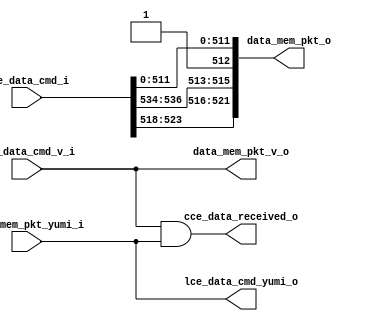
module bp_fe_lce_data_cmd_data_width_p64_lce_addr_width_p22_lce_data_width_p512_num_cce_p1_num_lce_p2_lce_sets_p64_ways_p8_block_size_in_bytes_p8
(
  cce_data_received_o,
  lce_data_cmd_i,
  lce_data_cmd_v_i,
  lce_data_cmd_yumi_o,
  data_mem_pkt_v_o,
  data_mem_pkt_o,
  data_mem_pkt_yumi_i
);

  input [539:0] lce_data_cmd_i;
  output [521:0] data_mem_pkt_o;
  input lce_data_cmd_v_i;
  input data_mem_pkt_yumi_i;
  output cce_data_received_o;
  output lce_data_cmd_yumi_o;
  output data_mem_pkt_v_o;
  wire [521:0] data_mem_pkt_o;
  wire cce_data_received_o,lce_data_cmd_yumi_o,data_mem_pkt_v_o,data_mem_pkt_yumi_i,
  lce_data_cmd_v_i;
  assign data_mem_pkt_o[512] = 1'b1;
  assign lce_data_cmd_yumi_o = data_mem_pkt_yumi_i;
  assign data_mem_pkt_v_o = lce_data_cmd_v_i;
  assign data_mem_pkt_o[521] = lce_data_cmd_i[523];
  assign data_mem_pkt_o[520] = lce_data_cmd_i[522];
  assign data_mem_pkt_o[519] = lce_data_cmd_i[521];
  assign data_mem_pkt_o[518] = lce_data_cmd_i[520];
  assign data_mem_pkt_o[517] = lce_data_cmd_i[519];
  assign data_mem_pkt_o[516] = lce_data_cmd_i[518];
  assign data_mem_pkt_o[515] = lce_data_cmd_i[536];
  assign data_mem_pkt_o[514] = lce_data_cmd_i[535];
  assign data_mem_pkt_o[513] = lce_data_cmd_i[534];
  assign data_mem_pkt_o[511] = lce_data_cmd_i[511];
  assign data_mem_pkt_o[510] = lce_data_cmd_i[510];
  assign data_mem_pkt_o[509] = lce_data_cmd_i[509];
  assign data_mem_pkt_o[508] = lce_data_cmd_i[508];
  assign data_mem_pkt_o[507] = lce_data_cmd_i[507];
  assign data_mem_pkt_o[506] = lce_data_cmd_i[506];
  assign data_mem_pkt_o[505] = lce_data_cmd_i[505];
  assign data_mem_pkt_o[504] = lce_data_cmd_i[504];
  assign data_mem_pkt_o[503] = lce_data_cmd_i[503];
  assign data_mem_pkt_o[502] = lce_data_cmd_i[502];
  assign data_mem_pkt_o[501] = lce_data_cmd_i[501];
  assign data_mem_pkt_o[500] = lce_data_cmd_i[500];
  assign data_mem_pkt_o[499] = lce_data_cmd_i[499];
  assign data_mem_pkt_o[498] = lce_data_cmd_i[498];
  assign data_mem_pkt_o[497] = lce_data_cmd_i[497];
  assign data_mem_pkt_o[496] = lce_data_cmd_i[496];
  assign data_mem_pkt_o[495] = lce_data_cmd_i[495];
  assign data_mem_pkt_o[494] = lce_data_cmd_i[494];
  assign data_mem_pkt_o[493] = lce_data_cmd_i[493];
  assign data_mem_pkt_o[492] = lce_data_cmd_i[492];
  assign data_mem_pkt_o[491] = lce_data_cmd_i[491];
  assign data_mem_pkt_o[490] = lce_data_cmd_i[490];
  assign data_mem_pkt_o[489] = lce_data_cmd_i[489];
  assign data_mem_pkt_o[488] = lce_data_cmd_i[488];
  assign data_mem_pkt_o[487] = lce_data_cmd_i[487];
  assign data_mem_pkt_o[486] = lce_data_cmd_i[486];
  assign data_mem_pkt_o[485] = lce_data_cmd_i[485];
  assign data_mem_pkt_o[484] = lce_data_cmd_i[484];
  assign data_mem_pkt_o[483] = lce_data_cmd_i[483];
  assign data_mem_pkt_o[482] = lce_data_cmd_i[482];
  assign data_mem_pkt_o[481] = lce_data_cmd_i[481];
  assign data_mem_pkt_o[480] = lce_data_cmd_i[480];
  assign data_mem_pkt_o[479] = lce_data_cmd_i[479];
  assign data_mem_pkt_o[478] = lce_data_cmd_i[478];
  assign data_mem_pkt_o[477] = lce_data_cmd_i[477];
  assign data_mem_pkt_o[476] = lce_data_cmd_i[476];
  assign data_mem_pkt_o[475] = lce_data_cmd_i[475];
  assign data_mem_pkt_o[474] = lce_data_cmd_i[474];
  assign data_mem_pkt_o[473] = lce_data_cmd_i[473];
  assign data_mem_pkt_o[472] = lce_data_cmd_i[472];
  assign data_mem_pkt_o[471] = lce_data_cmd_i[471];
  assign data_mem_pkt_o[470] = lce_data_cmd_i[470];
  assign data_mem_pkt_o[469] = lce_data_cmd_i[469];
  assign data_mem_pkt_o[468] = lce_data_cmd_i[468];
  assign data_mem_pkt_o[467] = lce_data_cmd_i[467];
  assign data_mem_pkt_o[466] = lce_data_cmd_i[466];
  assign data_mem_pkt_o[465] = lce_data_cmd_i[465];
  assign data_mem_pkt_o[464] = lce_data_cmd_i[464];
  assign data_mem_pkt_o[463] = lce_data_cmd_i[463];
  assign data_mem_pkt_o[462] = lce_data_cmd_i[462];
  assign data_mem_pkt_o[461] = lce_data_cmd_i[461];
  assign data_mem_pkt_o[460] = lce_data_cmd_i[460];
  assign data_mem_pkt_o[459] = lce_data_cmd_i[459];
  assign data_mem_pkt_o[458] = lce_data_cmd_i[458];
  assign data_mem_pkt_o[457] = lce_data_cmd_i[457];
  assign data_mem_pkt_o[456] = lce_data_cmd_i[456];
  assign data_mem_pkt_o[455] = lce_data_cmd_i[455];
  assign data_mem_pkt_o[454] = lce_data_cmd_i[454];
  assign data_mem_pkt_o[453] = lce_data_cmd_i[453];
  assign data_mem_pkt_o[452] = lce_data_cmd_i[452];
  assign data_mem_pkt_o[451] = lce_data_cmd_i[451];
  assign data_mem_pkt_o[450] = lce_data_cmd_i[450];
  assign data_mem_pkt_o[449] = lce_data_cmd_i[449];
  assign data_mem_pkt_o[448] = lce_data_cmd_i[448];
  assign data_mem_pkt_o[447] = lce_data_cmd_i[447];
  assign data_mem_pkt_o[446] = lce_data_cmd_i[446];
  assign data_mem_pkt_o[445] = lce_data_cmd_i[445];
  assign data_mem_pkt_o[444] = lce_data_cmd_i[444];
  assign data_mem_pkt_o[443] = lce_data_cmd_i[443];
  assign data_mem_pkt_o[442] = lce_data_cmd_i[442];
  assign data_mem_pkt_o[441] = lce_data_cmd_i[441];
  assign data_mem_pkt_o[440] = lce_data_cmd_i[440];
  assign data_mem_pkt_o[439] = lce_data_cmd_i[439];
  assign data_mem_pkt_o[438] = lce_data_cmd_i[438];
  assign data_mem_pkt_o[437] = lce_data_cmd_i[437];
  assign data_mem_pkt_o[436] = lce_data_cmd_i[436];
  assign data_mem_pkt_o[435] = lce_data_cmd_i[435];
  assign data_mem_pkt_o[434] = lce_data_cmd_i[434];
  assign data_mem_pkt_o[433] = lce_data_cmd_i[433];
  assign data_mem_pkt_o[432] = lce_data_cmd_i[432];
  assign data_mem_pkt_o[431] = lce_data_cmd_i[431];
  assign data_mem_pkt_o[430] = lce_data_cmd_i[430];
  assign data_mem_pkt_o[429] = lce_data_cmd_i[429];
  assign data_mem_pkt_o[428] = lce_data_cmd_i[428];
  assign data_mem_pkt_o[427] = lce_data_cmd_i[427];
  assign data_mem_pkt_o[426] = lce_data_cmd_i[426];
  assign data_mem_pkt_o[425] = lce_data_cmd_i[425];
  assign data_mem_pkt_o[424] = lce_data_cmd_i[424];
  assign data_mem_pkt_o[423] = lce_data_cmd_i[423];
  assign data_mem_pkt_o[422] = lce_data_cmd_i[422];
  assign data_mem_pkt_o[421] = lce_data_cmd_i[421];
  assign data_mem_pkt_o[420] = lce_data_cmd_i[420];
  assign data_mem_pkt_o[419] = lce_data_cmd_i[419];
  assign data_mem_pkt_o[418] = lce_data_cmd_i[418];
  assign data_mem_pkt_o[417] = lce_data_cmd_i[417];
  assign data_mem_pkt_o[416] = lce_data_cmd_i[416];
  assign data_mem_pkt_o[415] = lce_data_cmd_i[415];
  assign data_mem_pkt_o[414] = lce_data_cmd_i[414];
  assign data_mem_pkt_o[413] = lce_data_cmd_i[413];
  assign data_mem_pkt_o[412] = lce_data_cmd_i[412];
  assign data_mem_pkt_o[411] = lce_data_cmd_i[411];
  assign data_mem_pkt_o[410] = lce_data_cmd_i[410];
  assign data_mem_pkt_o[409] = lce_data_cmd_i[409];
  assign data_mem_pkt_o[408] = lce_data_cmd_i[408];
  assign data_mem_pkt_o[407] = lce_data_cmd_i[407];
  assign data_mem_pkt_o[406] = lce_data_cmd_i[406];
  assign data_mem_pkt_o[405] = lce_data_cmd_i[405];
  assign data_mem_pkt_o[404] = lce_data_cmd_i[404];
  assign data_mem_pkt_o[403] = lce_data_cmd_i[403];
  assign data_mem_pkt_o[402] = lce_data_cmd_i[402];
  assign data_mem_pkt_o[401] = lce_data_cmd_i[401];
  assign data_mem_pkt_o[400] = lce_data_cmd_i[400];
  assign data_mem_pkt_o[399] = lce_data_cmd_i[399];
  assign data_mem_pkt_o[398] = lce_data_cmd_i[398];
  assign data_mem_pkt_o[397] = lce_data_cmd_i[397];
  assign data_mem_pkt_o[396] = lce_data_cmd_i[396];
  assign data_mem_pkt_o[395] = lce_data_cmd_i[395];
  assign data_mem_pkt_o[394] = lce_data_cmd_i[394];
  assign data_mem_pkt_o[393] = lce_data_cmd_i[393];
  assign data_mem_pkt_o[392] = lce_data_cmd_i[392];
  assign data_mem_pkt_o[391] = lce_data_cmd_i[391];
  assign data_mem_pkt_o[390] = lce_data_cmd_i[390];
  assign data_mem_pkt_o[389] = lce_data_cmd_i[389];
  assign data_mem_pkt_o[388] = lce_data_cmd_i[388];
  assign data_mem_pkt_o[387] = lce_data_cmd_i[387];
  assign data_mem_pkt_o[386] = lce_data_cmd_i[386];
  assign data_mem_pkt_o[385] = lce_data_cmd_i[385];
  assign data_mem_pkt_o[384] = lce_data_cmd_i[384];
  assign data_mem_pkt_o[383] = lce_data_cmd_i[383];
  assign data_mem_pkt_o[382] = lce_data_cmd_i[382];
  assign data_mem_pkt_o[381] = lce_data_cmd_i[381];
  assign data_mem_pkt_o[380] = lce_data_cmd_i[380];
  assign data_mem_pkt_o[379] = lce_data_cmd_i[379];
  assign data_mem_pkt_o[378] = lce_data_cmd_i[378];
  assign data_mem_pkt_o[377] = lce_data_cmd_i[377];
  assign data_mem_pkt_o[376] = lce_data_cmd_i[376];
  assign data_mem_pkt_o[375] = lce_data_cmd_i[375];
  assign data_mem_pkt_o[374] = lce_data_cmd_i[374];
  assign data_mem_pkt_o[373] = lce_data_cmd_i[373];
  assign data_mem_pkt_o[372] = lce_data_cmd_i[372];
  assign data_mem_pkt_o[371] = lce_data_cmd_i[371];
  assign data_mem_pkt_o[370] = lce_data_cmd_i[370];
  assign data_mem_pkt_o[369] = lce_data_cmd_i[369];
  assign data_mem_pkt_o[368] = lce_data_cmd_i[368];
  assign data_mem_pkt_o[367] = lce_data_cmd_i[367];
  assign data_mem_pkt_o[366] = lce_data_cmd_i[366];
  assign data_mem_pkt_o[365] = lce_data_cmd_i[365];
  assign data_mem_pkt_o[364] = lce_data_cmd_i[364];
  assign data_mem_pkt_o[363] = lce_data_cmd_i[363];
  assign data_mem_pkt_o[362] = lce_data_cmd_i[362];
  assign data_mem_pkt_o[361] = lce_data_cmd_i[361];
  assign data_mem_pkt_o[360] = lce_data_cmd_i[360];
  assign data_mem_pkt_o[359] = lce_data_cmd_i[359];
  assign data_mem_pkt_o[358] = lce_data_cmd_i[358];
  assign data_mem_pkt_o[357] = lce_data_cmd_i[357];
  assign data_mem_pkt_o[356] = lce_data_cmd_i[356];
  assign data_mem_pkt_o[355] = lce_data_cmd_i[355];
  assign data_mem_pkt_o[354] = lce_data_cmd_i[354];
  assign data_mem_pkt_o[353] = lce_data_cmd_i[353];
  assign data_mem_pkt_o[352] = lce_data_cmd_i[352];
  assign data_mem_pkt_o[351] = lce_data_cmd_i[351];
  assign data_mem_pkt_o[350] = lce_data_cmd_i[350];
  assign data_mem_pkt_o[349] = lce_data_cmd_i[349];
  assign data_mem_pkt_o[348] = lce_data_cmd_i[348];
  assign data_mem_pkt_o[347] = lce_data_cmd_i[347];
  assign data_mem_pkt_o[346] = lce_data_cmd_i[346];
  assign data_mem_pkt_o[345] = lce_data_cmd_i[345];
  assign data_mem_pkt_o[344] = lce_data_cmd_i[344];
  assign data_mem_pkt_o[343] = lce_data_cmd_i[343];
  assign data_mem_pkt_o[342] = lce_data_cmd_i[342];
  assign data_mem_pkt_o[341] = lce_data_cmd_i[341];
  assign data_mem_pkt_o[340] = lce_data_cmd_i[340];
  assign data_mem_pkt_o[339] = lce_data_cmd_i[339];
  assign data_mem_pkt_o[338] = lce_data_cmd_i[338];
  assign data_mem_pkt_o[337] = lce_data_cmd_i[337];
  assign data_mem_pkt_o[336] = lce_data_cmd_i[336];
  assign data_mem_pkt_o[335] = lce_data_cmd_i[335];
  assign data_mem_pkt_o[334] = lce_data_cmd_i[334];
  assign data_mem_pkt_o[333] = lce_data_cmd_i[333];
  assign data_mem_pkt_o[332] = lce_data_cmd_i[332];
  assign data_mem_pkt_o[331] = lce_data_cmd_i[331];
  assign data_mem_pkt_o[330] = lce_data_cmd_i[330];
  assign data_mem_pkt_o[329] = lce_data_cmd_i[329];
  assign data_mem_pkt_o[328] = lce_data_cmd_i[328];
  assign data_mem_pkt_o[327] = lce_data_cmd_i[327];
  assign data_mem_pkt_o[326] = lce_data_cmd_i[326];
  assign data_mem_pkt_o[325] = lce_data_cmd_i[325];
  assign data_mem_pkt_o[324] = lce_data_cmd_i[324];
  assign data_mem_pkt_o[323] = lce_data_cmd_i[323];
  assign data_mem_pkt_o[322] = lce_data_cmd_i[322];
  assign data_mem_pkt_o[321] = lce_data_cmd_i[321];
  assign data_mem_pkt_o[320] = lce_data_cmd_i[320];
  assign data_mem_pkt_o[319] = lce_data_cmd_i[319];
  assign data_mem_pkt_o[318] = lce_data_cmd_i[318];
  assign data_mem_pkt_o[317] = lce_data_cmd_i[317];
  assign data_mem_pkt_o[316] = lce_data_cmd_i[316];
  assign data_mem_pkt_o[315] = lce_data_cmd_i[315];
  assign data_mem_pkt_o[314] = lce_data_cmd_i[314];
  assign data_mem_pkt_o[313] = lce_data_cmd_i[313];
  assign data_mem_pkt_o[312] = lce_data_cmd_i[312];
  assign data_mem_pkt_o[311] = lce_data_cmd_i[311];
  assign data_mem_pkt_o[310] = lce_data_cmd_i[310];
  assign data_mem_pkt_o[309] = lce_data_cmd_i[309];
  assign data_mem_pkt_o[308] = lce_data_cmd_i[308];
  assign data_mem_pkt_o[307] = lce_data_cmd_i[307];
  assign data_mem_pkt_o[306] = lce_data_cmd_i[306];
  assign data_mem_pkt_o[305] = lce_data_cmd_i[305];
  assign data_mem_pkt_o[304] = lce_data_cmd_i[304];
  assign data_mem_pkt_o[303] = lce_data_cmd_i[303];
  assign data_mem_pkt_o[302] = lce_data_cmd_i[302];
  assign data_mem_pkt_o[301] = lce_data_cmd_i[301];
  assign data_mem_pkt_o[300] = lce_data_cmd_i[300];
  assign data_mem_pkt_o[299] = lce_data_cmd_i[299];
  assign data_mem_pkt_o[298] = lce_data_cmd_i[298];
  assign data_mem_pkt_o[297] = lce_data_cmd_i[297];
  assign data_mem_pkt_o[296] = lce_data_cmd_i[296];
  assign data_mem_pkt_o[295] = lce_data_cmd_i[295];
  assign data_mem_pkt_o[294] = lce_data_cmd_i[294];
  assign data_mem_pkt_o[293] = lce_data_cmd_i[293];
  assign data_mem_pkt_o[292] = lce_data_cmd_i[292];
  assign data_mem_pkt_o[291] = lce_data_cmd_i[291];
  assign data_mem_pkt_o[290] = lce_data_cmd_i[290];
  assign data_mem_pkt_o[289] = lce_data_cmd_i[289];
  assign data_mem_pkt_o[288] = lce_data_cmd_i[288];
  assign data_mem_pkt_o[287] = lce_data_cmd_i[287];
  assign data_mem_pkt_o[286] = lce_data_cmd_i[286];
  assign data_mem_pkt_o[285] = lce_data_cmd_i[285];
  assign data_mem_pkt_o[284] = lce_data_cmd_i[284];
  assign data_mem_pkt_o[283] = lce_data_cmd_i[283];
  assign data_mem_pkt_o[282] = lce_data_cmd_i[282];
  assign data_mem_pkt_o[281] = lce_data_cmd_i[281];
  assign data_mem_pkt_o[280] = lce_data_cmd_i[280];
  assign data_mem_pkt_o[279] = lce_data_cmd_i[279];
  assign data_mem_pkt_o[278] = lce_data_cmd_i[278];
  assign data_mem_pkt_o[277] = lce_data_cmd_i[277];
  assign data_mem_pkt_o[276] = lce_data_cmd_i[276];
  assign data_mem_pkt_o[275] = lce_data_cmd_i[275];
  assign data_mem_pkt_o[274] = lce_data_cmd_i[274];
  assign data_mem_pkt_o[273] = lce_data_cmd_i[273];
  assign data_mem_pkt_o[272] = lce_data_cmd_i[272];
  assign data_mem_pkt_o[271] = lce_data_cmd_i[271];
  assign data_mem_pkt_o[270] = lce_data_cmd_i[270];
  assign data_mem_pkt_o[269] = lce_data_cmd_i[269];
  assign data_mem_pkt_o[268] = lce_data_cmd_i[268];
  assign data_mem_pkt_o[267] = lce_data_cmd_i[267];
  assign data_mem_pkt_o[266] = lce_data_cmd_i[266];
  assign data_mem_pkt_o[265] = lce_data_cmd_i[265];
  assign data_mem_pkt_o[264] = lce_data_cmd_i[264];
  assign data_mem_pkt_o[263] = lce_data_cmd_i[263];
  assign data_mem_pkt_o[262] = lce_data_cmd_i[262];
  assign data_mem_pkt_o[261] = lce_data_cmd_i[261];
  assign data_mem_pkt_o[260] = lce_data_cmd_i[260];
  assign data_mem_pkt_o[259] = lce_data_cmd_i[259];
  assign data_mem_pkt_o[258] = lce_data_cmd_i[258];
  assign data_mem_pkt_o[257] = lce_data_cmd_i[257];
  assign data_mem_pkt_o[256] = lce_data_cmd_i[256];
  assign data_mem_pkt_o[255] = lce_data_cmd_i[255];
  assign data_mem_pkt_o[254] = lce_data_cmd_i[254];
  assign data_mem_pkt_o[253] = lce_data_cmd_i[253];
  assign data_mem_pkt_o[252] = lce_data_cmd_i[252];
  assign data_mem_pkt_o[251] = lce_data_cmd_i[251];
  assign data_mem_pkt_o[250] = lce_data_cmd_i[250];
  assign data_mem_pkt_o[249] = lce_data_cmd_i[249];
  assign data_mem_pkt_o[248] = lce_data_cmd_i[248];
  assign data_mem_pkt_o[247] = lce_data_cmd_i[247];
  assign data_mem_pkt_o[246] = lce_data_cmd_i[246];
  assign data_mem_pkt_o[245] = lce_data_cmd_i[245];
  assign data_mem_pkt_o[244] = lce_data_cmd_i[244];
  assign data_mem_pkt_o[243] = lce_data_cmd_i[243];
  assign data_mem_pkt_o[242] = lce_data_cmd_i[242];
  assign data_mem_pkt_o[241] = lce_data_cmd_i[241];
  assign data_mem_pkt_o[240] = lce_data_cmd_i[240];
  assign data_mem_pkt_o[239] = lce_data_cmd_i[239];
  assign data_mem_pkt_o[238] = lce_data_cmd_i[238];
  assign data_mem_pkt_o[237] = lce_data_cmd_i[237];
  assign data_mem_pkt_o[236] = lce_data_cmd_i[236];
  assign data_mem_pkt_o[235] = lce_data_cmd_i[235];
  assign data_mem_pkt_o[234] = lce_data_cmd_i[234];
  assign data_mem_pkt_o[233] = lce_data_cmd_i[233];
  assign data_mem_pkt_o[232] = lce_data_cmd_i[232];
  assign data_mem_pkt_o[231] = lce_data_cmd_i[231];
  assign data_mem_pkt_o[230] = lce_data_cmd_i[230];
  assign data_mem_pkt_o[229] = lce_data_cmd_i[229];
  assign data_mem_pkt_o[228] = lce_data_cmd_i[228];
  assign data_mem_pkt_o[227] = lce_data_cmd_i[227];
  assign data_mem_pkt_o[226] = lce_data_cmd_i[226];
  assign data_mem_pkt_o[225] = lce_data_cmd_i[225];
  assign data_mem_pkt_o[224] = lce_data_cmd_i[224];
  assign data_mem_pkt_o[223] = lce_data_cmd_i[223];
  assign data_mem_pkt_o[222] = lce_data_cmd_i[222];
  assign data_mem_pkt_o[221] = lce_data_cmd_i[221];
  assign data_mem_pkt_o[220] = lce_data_cmd_i[220];
  assign data_mem_pkt_o[219] = lce_data_cmd_i[219];
  assign data_mem_pkt_o[218] = lce_data_cmd_i[218];
  assign data_mem_pkt_o[217] = lce_data_cmd_i[217];
  assign data_mem_pkt_o[216] = lce_data_cmd_i[216];
  assign data_mem_pkt_o[215] = lce_data_cmd_i[215];
  assign data_mem_pkt_o[214] = lce_data_cmd_i[214];
  assign data_mem_pkt_o[213] = lce_data_cmd_i[213];
  assign data_mem_pkt_o[212] = lce_data_cmd_i[212];
  assign data_mem_pkt_o[211] = lce_data_cmd_i[211];
  assign data_mem_pkt_o[210] = lce_data_cmd_i[210];
  assign data_mem_pkt_o[209] = lce_data_cmd_i[209];
  assign data_mem_pkt_o[208] = lce_data_cmd_i[208];
  assign data_mem_pkt_o[207] = lce_data_cmd_i[207];
  assign data_mem_pkt_o[206] = lce_data_cmd_i[206];
  assign data_mem_pkt_o[205] = lce_data_cmd_i[205];
  assign data_mem_pkt_o[204] = lce_data_cmd_i[204];
  assign data_mem_pkt_o[203] = lce_data_cmd_i[203];
  assign data_mem_pkt_o[202] = lce_data_cmd_i[202];
  assign data_mem_pkt_o[201] = lce_data_cmd_i[201];
  assign data_mem_pkt_o[200] = lce_data_cmd_i[200];
  assign data_mem_pkt_o[199] = lce_data_cmd_i[199];
  assign data_mem_pkt_o[198] = lce_data_cmd_i[198];
  assign data_mem_pkt_o[197] = lce_data_cmd_i[197];
  assign data_mem_pkt_o[196] = lce_data_cmd_i[196];
  assign data_mem_pkt_o[195] = lce_data_cmd_i[195];
  assign data_mem_pkt_o[194] = lce_data_cmd_i[194];
  assign data_mem_pkt_o[193] = lce_data_cmd_i[193];
  assign data_mem_pkt_o[192] = lce_data_cmd_i[192];
  assign data_mem_pkt_o[191] = lce_data_cmd_i[191];
  assign data_mem_pkt_o[190] = lce_data_cmd_i[190];
  assign data_mem_pkt_o[189] = lce_data_cmd_i[189];
  assign data_mem_pkt_o[188] = lce_data_cmd_i[188];
  assign data_mem_pkt_o[187] = lce_data_cmd_i[187];
  assign data_mem_pkt_o[186] = lce_data_cmd_i[186];
  assign data_mem_pkt_o[185] = lce_data_cmd_i[185];
  assign data_mem_pkt_o[184] = lce_data_cmd_i[184];
  assign data_mem_pkt_o[183] = lce_data_cmd_i[183];
  assign data_mem_pkt_o[182] = lce_data_cmd_i[182];
  assign data_mem_pkt_o[181] = lce_data_cmd_i[181];
  assign data_mem_pkt_o[180] = lce_data_cmd_i[180];
  assign data_mem_pkt_o[179] = lce_data_cmd_i[179];
  assign data_mem_pkt_o[178] = lce_data_cmd_i[178];
  assign data_mem_pkt_o[177] = lce_data_cmd_i[177];
  assign data_mem_pkt_o[176] = lce_data_cmd_i[176];
  assign data_mem_pkt_o[175] = lce_data_cmd_i[175];
  assign data_mem_pkt_o[174] = lce_data_cmd_i[174];
  assign data_mem_pkt_o[173] = lce_data_cmd_i[173];
  assign data_mem_pkt_o[172] = lce_data_cmd_i[172];
  assign data_mem_pkt_o[171] = lce_data_cmd_i[171];
  assign data_mem_pkt_o[170] = lce_data_cmd_i[170];
  assign data_mem_pkt_o[169] = lce_data_cmd_i[169];
  assign data_mem_pkt_o[168] = lce_data_cmd_i[168];
  assign data_mem_pkt_o[167] = lce_data_cmd_i[167];
  assign data_mem_pkt_o[166] = lce_data_cmd_i[166];
  assign data_mem_pkt_o[165] = lce_data_cmd_i[165];
  assign data_mem_pkt_o[164] = lce_data_cmd_i[164];
  assign data_mem_pkt_o[163] = lce_data_cmd_i[163];
  assign data_mem_pkt_o[162] = lce_data_cmd_i[162];
  assign data_mem_pkt_o[161] = lce_data_cmd_i[161];
  assign data_mem_pkt_o[160] = lce_data_cmd_i[160];
  assign data_mem_pkt_o[159] = lce_data_cmd_i[159];
  assign data_mem_pkt_o[158] = lce_data_cmd_i[158];
  assign data_mem_pkt_o[157] = lce_data_cmd_i[157];
  assign data_mem_pkt_o[156] = lce_data_cmd_i[156];
  assign data_mem_pkt_o[155] = lce_data_cmd_i[155];
  assign data_mem_pkt_o[154] = lce_data_cmd_i[154];
  assign data_mem_pkt_o[153] = lce_data_cmd_i[153];
  assign data_mem_pkt_o[152] = lce_data_cmd_i[152];
  assign data_mem_pkt_o[151] = lce_data_cmd_i[151];
  assign data_mem_pkt_o[150] = lce_data_cmd_i[150];
  assign data_mem_pkt_o[149] = lce_data_cmd_i[149];
  assign data_mem_pkt_o[148] = lce_data_cmd_i[148];
  assign data_mem_pkt_o[147] = lce_data_cmd_i[147];
  assign data_mem_pkt_o[146] = lce_data_cmd_i[146];
  assign data_mem_pkt_o[145] = lce_data_cmd_i[145];
  assign data_mem_pkt_o[144] = lce_data_cmd_i[144];
  assign data_mem_pkt_o[143] = lce_data_cmd_i[143];
  assign data_mem_pkt_o[142] = lce_data_cmd_i[142];
  assign data_mem_pkt_o[141] = lce_data_cmd_i[141];
  assign data_mem_pkt_o[140] = lce_data_cmd_i[140];
  assign data_mem_pkt_o[139] = lce_data_cmd_i[139];
  assign data_mem_pkt_o[138] = lce_data_cmd_i[138];
  assign data_mem_pkt_o[137] = lce_data_cmd_i[137];
  assign data_mem_pkt_o[136] = lce_data_cmd_i[136];
  assign data_mem_pkt_o[135] = lce_data_cmd_i[135];
  assign data_mem_pkt_o[134] = lce_data_cmd_i[134];
  assign data_mem_pkt_o[133] = lce_data_cmd_i[133];
  assign data_mem_pkt_o[132] = lce_data_cmd_i[132];
  assign data_mem_pkt_o[131] = lce_data_cmd_i[131];
  assign data_mem_pkt_o[130] = lce_data_cmd_i[130];
  assign data_mem_pkt_o[129] = lce_data_cmd_i[129];
  assign data_mem_pkt_o[128] = lce_data_cmd_i[128];
  assign data_mem_pkt_o[127] = lce_data_cmd_i[127];
  assign data_mem_pkt_o[126] = lce_data_cmd_i[126];
  assign data_mem_pkt_o[125] = lce_data_cmd_i[125];
  assign data_mem_pkt_o[124] = lce_data_cmd_i[124];
  assign data_mem_pkt_o[123] = lce_data_cmd_i[123];
  assign data_mem_pkt_o[122] = lce_data_cmd_i[122];
  assign data_mem_pkt_o[121] = lce_data_cmd_i[121];
  assign data_mem_pkt_o[120] = lce_data_cmd_i[120];
  assign data_mem_pkt_o[119] = lce_data_cmd_i[119];
  assign data_mem_pkt_o[118] = lce_data_cmd_i[118];
  assign data_mem_pkt_o[117] = lce_data_cmd_i[117];
  assign data_mem_pkt_o[116] = lce_data_cmd_i[116];
  assign data_mem_pkt_o[115] = lce_data_cmd_i[115];
  assign data_mem_pkt_o[114] = lce_data_cmd_i[114];
  assign data_mem_pkt_o[113] = lce_data_cmd_i[113];
  assign data_mem_pkt_o[112] = lce_data_cmd_i[112];
  assign data_mem_pkt_o[111] = lce_data_cmd_i[111];
  assign data_mem_pkt_o[110] = lce_data_cmd_i[110];
  assign data_mem_pkt_o[109] = lce_data_cmd_i[109];
  assign data_mem_pkt_o[108] = lce_data_cmd_i[108];
  assign data_mem_pkt_o[107] = lce_data_cmd_i[107];
  assign data_mem_pkt_o[106] = lce_data_cmd_i[106];
  assign data_mem_pkt_o[105] = lce_data_cmd_i[105];
  assign data_mem_pkt_o[104] = lce_data_cmd_i[104];
  assign data_mem_pkt_o[103] = lce_data_cmd_i[103];
  assign data_mem_pkt_o[102] = lce_data_cmd_i[102];
  assign data_mem_pkt_o[101] = lce_data_cmd_i[101];
  assign data_mem_pkt_o[100] = lce_data_cmd_i[100];
  assign data_mem_pkt_o[99] = lce_data_cmd_i[99];
  assign data_mem_pkt_o[98] = lce_data_cmd_i[98];
  assign data_mem_pkt_o[97] = lce_data_cmd_i[97];
  assign data_mem_pkt_o[96] = lce_data_cmd_i[96];
  assign data_mem_pkt_o[95] = lce_data_cmd_i[95];
  assign data_mem_pkt_o[94] = lce_data_cmd_i[94];
  assign data_mem_pkt_o[93] = lce_data_cmd_i[93];
  assign data_mem_pkt_o[92] = lce_data_cmd_i[92];
  assign data_mem_pkt_o[91] = lce_data_cmd_i[91];
  assign data_mem_pkt_o[90] = lce_data_cmd_i[90];
  assign data_mem_pkt_o[89] = lce_data_cmd_i[89];
  assign data_mem_pkt_o[88] = lce_data_cmd_i[88];
  assign data_mem_pkt_o[87] = lce_data_cmd_i[87];
  assign data_mem_pkt_o[86] = lce_data_cmd_i[86];
  assign data_mem_pkt_o[85] = lce_data_cmd_i[85];
  assign data_mem_pkt_o[84] = lce_data_cmd_i[84];
  assign data_mem_pkt_o[83] = lce_data_cmd_i[83];
  assign data_mem_pkt_o[82] = lce_data_cmd_i[82];
  assign data_mem_pkt_o[81] = lce_data_cmd_i[81];
  assign data_mem_pkt_o[80] = lce_data_cmd_i[80];
  assign data_mem_pkt_o[79] = lce_data_cmd_i[79];
  assign data_mem_pkt_o[78] = lce_data_cmd_i[78];
  assign data_mem_pkt_o[77] = lce_data_cmd_i[77];
  assign data_mem_pkt_o[76] = lce_data_cmd_i[76];
  assign data_mem_pkt_o[75] = lce_data_cmd_i[75];
  assign data_mem_pkt_o[74] = lce_data_cmd_i[74];
  assign data_mem_pkt_o[73] = lce_data_cmd_i[73];
  assign data_mem_pkt_o[72] = lce_data_cmd_i[72];
  assign data_mem_pkt_o[71] = lce_data_cmd_i[71];
  assign data_mem_pkt_o[70] = lce_data_cmd_i[70];
  assign data_mem_pkt_o[69] = lce_data_cmd_i[69];
  assign data_mem_pkt_o[68] = lce_data_cmd_i[68];
  assign data_mem_pkt_o[67] = lce_data_cmd_i[67];
  assign data_mem_pkt_o[66] = lce_data_cmd_i[66];
  assign data_mem_pkt_o[65] = lce_data_cmd_i[65];
  assign data_mem_pkt_o[64] = lce_data_cmd_i[64];
  assign data_mem_pkt_o[63] = lce_data_cmd_i[63];
  assign data_mem_pkt_o[62] = lce_data_cmd_i[62];
  assign data_mem_pkt_o[61] = lce_data_cmd_i[61];
  assign data_mem_pkt_o[60] = lce_data_cmd_i[60];
  assign data_mem_pkt_o[59] = lce_data_cmd_i[59];
  assign data_mem_pkt_o[58] = lce_data_cmd_i[58];
  assign data_mem_pkt_o[57] = lce_data_cmd_i[57];
  assign data_mem_pkt_o[56] = lce_data_cmd_i[56];
  assign data_mem_pkt_o[55] = lce_data_cmd_i[55];
  assign data_mem_pkt_o[54] = lce_data_cmd_i[54];
  assign data_mem_pkt_o[53] = lce_data_cmd_i[53];
  assign data_mem_pkt_o[52] = lce_data_cmd_i[52];
  assign data_mem_pkt_o[51] = lce_data_cmd_i[51];
  assign data_mem_pkt_o[50] = lce_data_cmd_i[50];
  assign data_mem_pkt_o[49] = lce_data_cmd_i[49];
  assign data_mem_pkt_o[48] = lce_data_cmd_i[48];
  assign data_mem_pkt_o[47] = lce_data_cmd_i[47];
  assign data_mem_pkt_o[46] = lce_data_cmd_i[46];
  assign data_mem_pkt_o[45] = lce_data_cmd_i[45];
  assign data_mem_pkt_o[44] = lce_data_cmd_i[44];
  assign data_mem_pkt_o[43] = lce_data_cmd_i[43];
  assign data_mem_pkt_o[42] = lce_data_cmd_i[42];
  assign data_mem_pkt_o[41] = lce_data_cmd_i[41];
  assign data_mem_pkt_o[40] = lce_data_cmd_i[40];
  assign data_mem_pkt_o[39] = lce_data_cmd_i[39];
  assign data_mem_pkt_o[38] = lce_data_cmd_i[38];
  assign data_mem_pkt_o[37] = lce_data_cmd_i[37];
  assign data_mem_pkt_o[36] = lce_data_cmd_i[36];
  assign data_mem_pkt_o[35] = lce_data_cmd_i[35];
  assign data_mem_pkt_o[34] = lce_data_cmd_i[34];
  assign data_mem_pkt_o[33] = lce_data_cmd_i[33];
  assign data_mem_pkt_o[32] = lce_data_cmd_i[32];
  assign data_mem_pkt_o[31] = lce_data_cmd_i[31];
  assign data_mem_pkt_o[30] = lce_data_cmd_i[30];
  assign data_mem_pkt_o[29] = lce_data_cmd_i[29];
  assign data_mem_pkt_o[28] = lce_data_cmd_i[28];
  assign data_mem_pkt_o[27] = lce_data_cmd_i[27];
  assign data_mem_pkt_o[26] = lce_data_cmd_i[26];
  assign data_mem_pkt_o[25] = lce_data_cmd_i[25];
  assign data_mem_pkt_o[24] = lce_data_cmd_i[24];
  assign data_mem_pkt_o[23] = lce_data_cmd_i[23];
  assign data_mem_pkt_o[22] = lce_data_cmd_i[22];
  assign data_mem_pkt_o[21] = lce_data_cmd_i[21];
  assign data_mem_pkt_o[20] = lce_data_cmd_i[20];
  assign data_mem_pkt_o[19] = lce_data_cmd_i[19];
  assign data_mem_pkt_o[18] = lce_data_cmd_i[18];
  assign data_mem_pkt_o[17] = lce_data_cmd_i[17];
  assign data_mem_pkt_o[16] = lce_data_cmd_i[16];
  assign data_mem_pkt_o[15] = lce_data_cmd_i[15];
  assign data_mem_pkt_o[14] = lce_data_cmd_i[14];
  assign data_mem_pkt_o[13] = lce_data_cmd_i[13];
  assign data_mem_pkt_o[12] = lce_data_cmd_i[12];
  assign data_mem_pkt_o[11] = lce_data_cmd_i[11];
  assign data_mem_pkt_o[10] = lce_data_cmd_i[10];
  assign data_mem_pkt_o[9] = lce_data_cmd_i[9];
  assign data_mem_pkt_o[8] = lce_data_cmd_i[8];
  assign data_mem_pkt_o[7] = lce_data_cmd_i[7];
  assign data_mem_pkt_o[6] = lce_data_cmd_i[6];
  assign data_mem_pkt_o[5] = lce_data_cmd_i[5];
  assign data_mem_pkt_o[4] = lce_data_cmd_i[4];
  assign data_mem_pkt_o[3] = lce_data_cmd_i[3];
  assign data_mem_pkt_o[2] = lce_data_cmd_i[2];
  assign data_mem_pkt_o[1] = lce_data_cmd_i[1];
  assign data_mem_pkt_o[0] = lce_data_cmd_i[0];
  assign cce_data_received_o = lce_data_cmd_v_i & data_mem_pkt_yumi_i;

endmodule